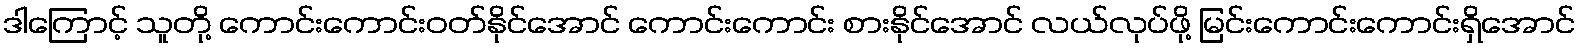
ဒါကြောင့် သူတို့ ကောင်းကောင်းဝတ်နိုင်အောင် ကောင်းကောင်း စားနိုင်အောင် လယ်လုပ်ဖို့ မြင်းကောင်းကောင်းရှိအောင်